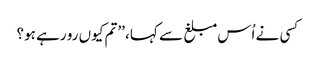
کسی نے اُس مبلغ سے کہا، ’’تم کیوں رو رہے ہو؟